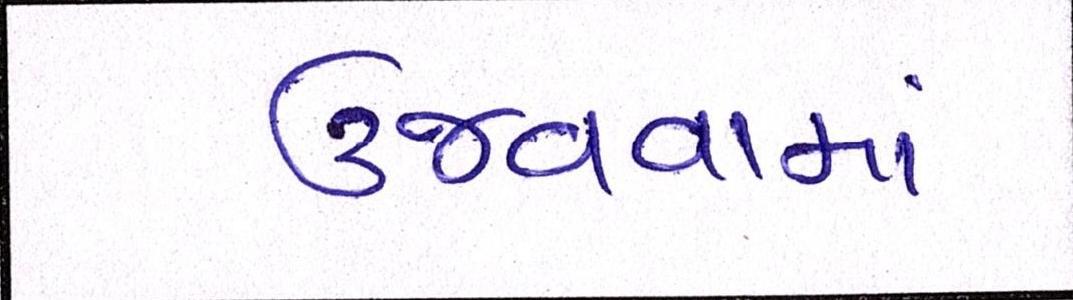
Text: ઉજવવામાં